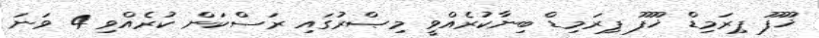
ޚޫފޫ ޕިރަމިޑް ޚޫފޫ ޕިރަމިޑް ބިނާކުރެއްވީ މިޞްރުގައި ރަސްކަން ކުރެއްވި 4 ވަނަ